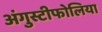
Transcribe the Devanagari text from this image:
अंगुस्टीफोलिया